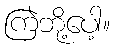
ကြဲဘို့ပေါ့။